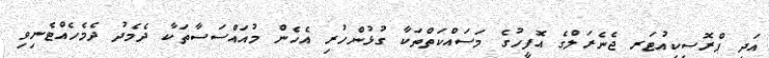
އަދި ޕްރޮސިކިއުޓަރ ޖެނެރަލްގެ އޮފީހުގެ މަސައްކަތްތަކާ ގުޅުންހުރި އެހެން މުއައްސަސާތަކާ ދެމެދު ދެމެހެއްޓެނިވި